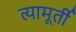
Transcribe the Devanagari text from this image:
त्यामूर्ती